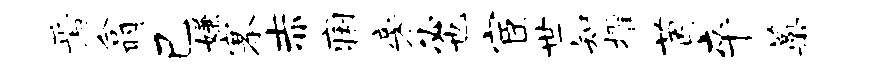
焉翕己嫌搴赤痢旁必也宦世知擢茵卒蒿